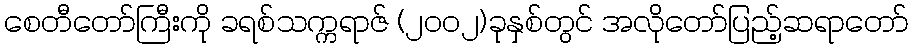
စေတီတော်ကြီးကို ခရစ်သက္ကရာဇ် (၂၀၀၂)ခုနှစ်တွင် အလိုတော်ပြည့်ဆရာတော်